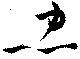
忠